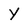
Character: Y